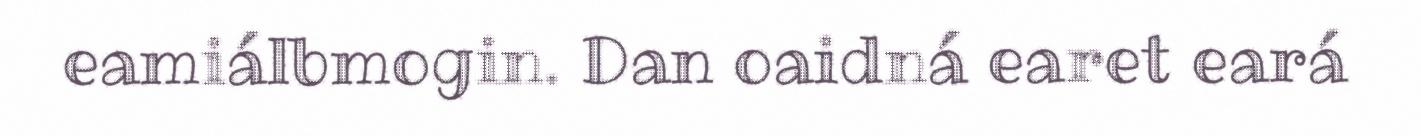
eamiálbmogin. Dan oaidná earet eará